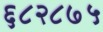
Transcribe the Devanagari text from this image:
६८२८७५